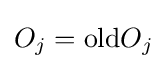
O_{j}=\mathrm {old} O_{j}